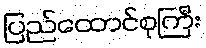
ပြည်ထောင်စုကြီး